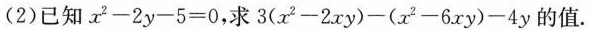
(2)已知$$x ^ { 2 } - 2 y - 5 = 0$$，求$$3 ( x ^ { 2 } - 2 x y ) - ( x ^ { 2 } - 6 x y ) - 4 y$$的值.